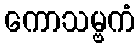
ကောသမ္ဗကံ